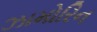
ઝામોરિન